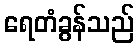
ရေတံခွန်သည်